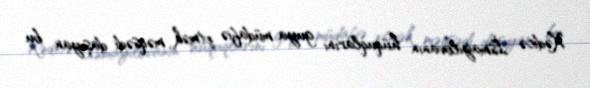
Xədicə İsmayılovanın hüquqlarını guya müdafiə etmək məqsədi daşıyan bu